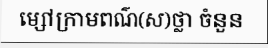
ម្សៅក្រាមពណ៌(ស)ថ្លា ចំនួន